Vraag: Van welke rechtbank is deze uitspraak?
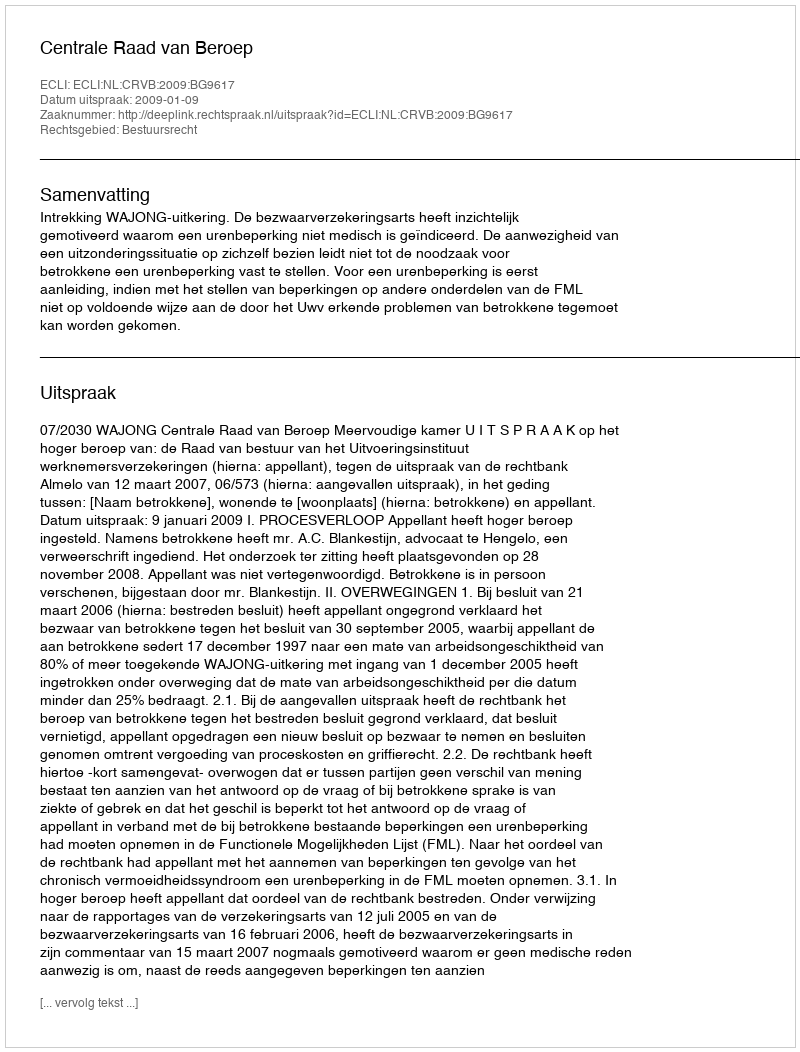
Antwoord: Centrale Raad van Beroep